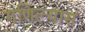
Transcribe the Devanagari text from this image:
गणिल्यास